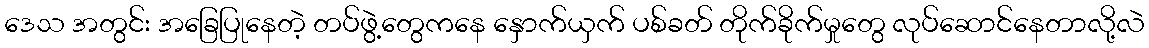
ဒေသ အတွင်း အခြေပြုနေတဲ့ တပ်ဖွဲ့တွေကနေ နှောက်ယှက် ပစ်ခတ် တိုက်ခိုက်မှုတွေ လုပ်ဆောင်နေတာလို့လဲ